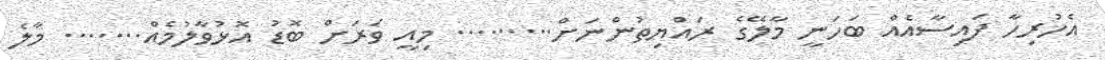
އެހުރިހާ ފައިސާއެއް ބަހަނީ މާލޭގެ ރައްޔިތުންނަށް......... މިއީ ވަރަށް ބޮޑު އޮޅުވާލުމެއް....... މާލެ